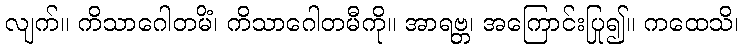
လျက်။ ကိသာဂေါတမိံ၊ ကိသာဂေါတမီကို။ အာရဗ္ဘ၊ အကြောင်းပြု၍။ ကထေသိ၊